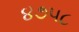
૪૭૫૮